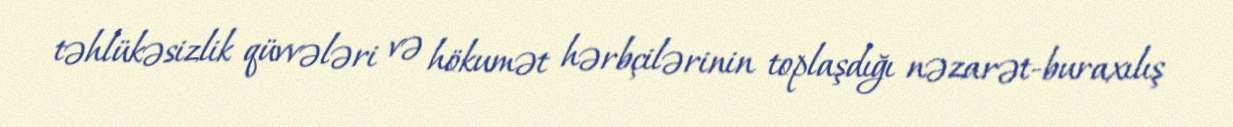
təhlükəsizlik qüvvələri və hökumət hərbçilərinin toplaşdığı nəzarət-buraxılış